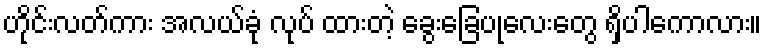
ဟိုင်းလတ်ကား အလယ်ခုံ လုပ် ထားတဲ့ ခွေးခြေပုလေးတွေ ရှိပါကောလား။